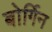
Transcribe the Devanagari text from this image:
बोर्गिन